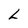
Character: L